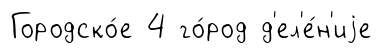
Городско́е 4 го́род д'ел'е́н'иjе